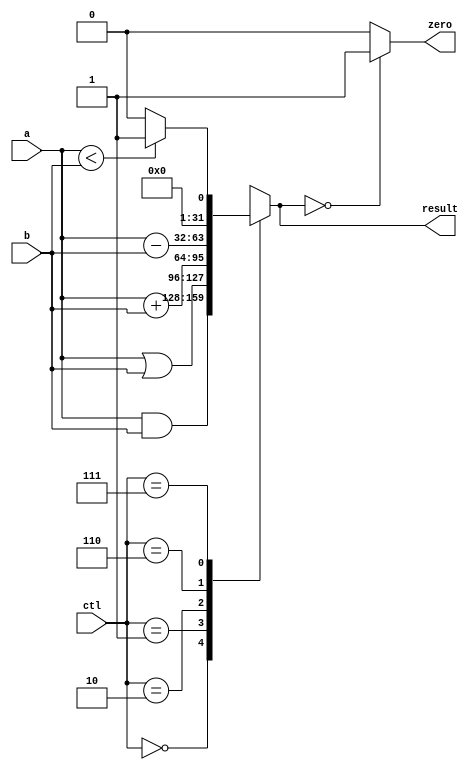
module alu_77(ctl, a, b, result, zero);
  input [2:0] ctl;
  input [31:0] a, b;
  output [31:0] result;
  output zero;
  reg [31:0] result;
  reg zero;
  always @(a or b or ctl)
  begin
    case (ctl)
      3'b000 : result = a & b; 
      3'b001 : result = a | b; 
      3'b010 : result = a + b; 
      3'b110 : result = a - b; 
      3'b111 : if (a < b) result = 32'd1; 
               else result = 32'd0; 
      default : result = 32'hxxxxxxxx;
   endcase
   if (result == 32'd0) zero = 1;
   else zero = 0;
 end
endmodule